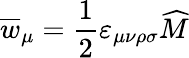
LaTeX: \overline{{{w}}}_{\mu}=\frac 12\varepsilon_{\mu\nu\rho\sigma}\widehat{M}